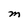
Character: M